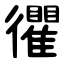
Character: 忂